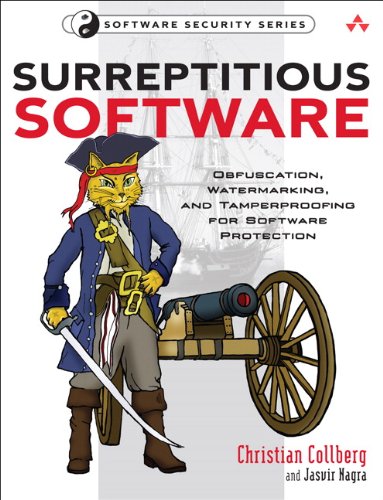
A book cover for Surreptitious Software: Obfuscation, Watermarking, and Tamperproofing for Software Protection: Obfuscation, Watermarking, and Tamperproofing for Software Protection; Christian Collberg; Computers & Technology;